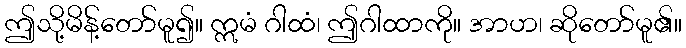
ဤသို့မိန့်တော်မူ၍။ ဣမံ ဂါထံ၊ ဤဂါထာကို။ အာဟ၊ ဆိုတော်မူ၏။